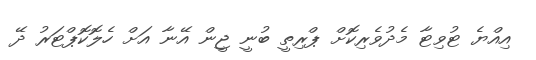
އިއްޔެ ޓުވިޓާ މެދުވެރިކޮށް ޕްރިތީ ބުނީ ޖީން އޭނާ އަށް ހެލޮކޮޕްޓަރު ދޭ